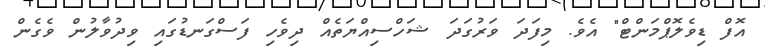
އޮފް ޑިވެލޮޕްމަންޓް" އެވެ. މިފަދަ ވަރުގަދަ ޝަހްސިއްޔަތެއް ދިވެހި ފަސްގަނޑުގައި ވިދުވާލުން ވެގެން